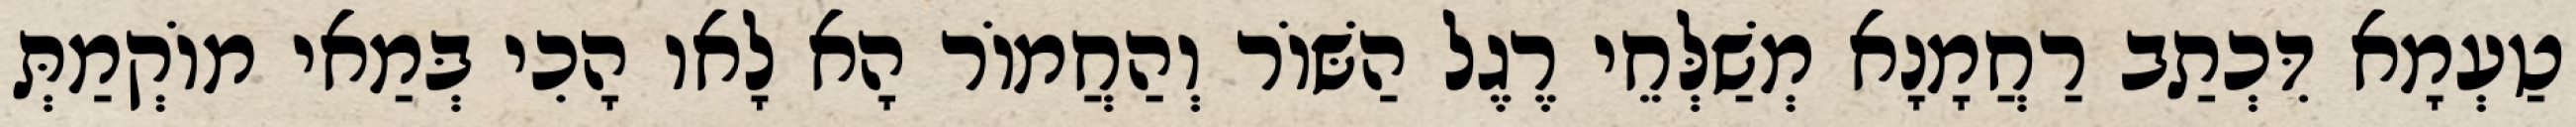
טַעְמָא דִּכְתַב רַחֲמָנָא מְשַׁלְּחֵי רֶגֶל הַשּׁוֹר וְהַחֲמוֹר הָא לָאו הָכִי בְּמַאי מוֹקְמַתְּ